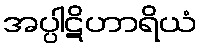
အပ္ပါဋိဟာရိယံ